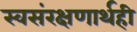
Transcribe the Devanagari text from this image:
स्वसंरक्षणार्थही